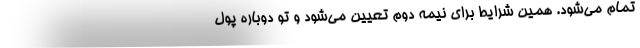
تمام می‌شود. همین شرایط برای نیمه دوم تعیین می‌شود و تو دوباره پول